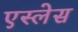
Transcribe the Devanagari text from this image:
एस्लेस